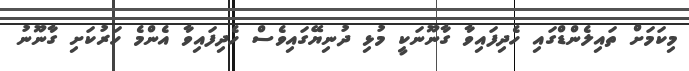
މިކަމަށް ތައިލެންޑްގައި ހެދިފައިވާ ގާނޫނަކީ މުޅި ދުނިޔޭގައިވެސް ހެދިފައިވާ އެންމެ ހަރުކަށި ގާނޫނު